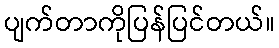
ပျက်တာကိုပြန်ပြင်တယ်။